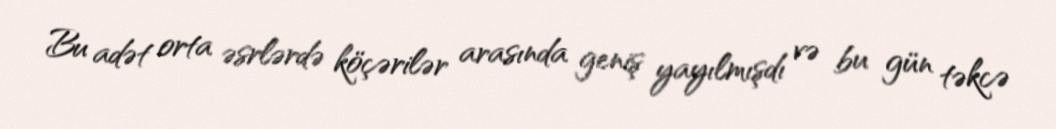
Bu adət orta əsrlərdə köçərilər arasında geniş yayılmışdı və bu gün təkcə